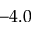
- 4 . 0